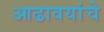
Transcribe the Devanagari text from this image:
आढावयांचे